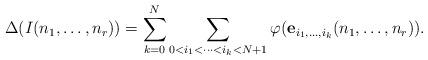
LaTeX: \begin{align*}\Delta(I(n_1,\ldots,n_r)) =\sum_{k=0}^N \sum_{ 0<i_1<\cdots<i_k<N+1} \varphi({\bf e}_{i_1,\ldots,i_k} (n_1,\ldots,n_r)).\end{align*}